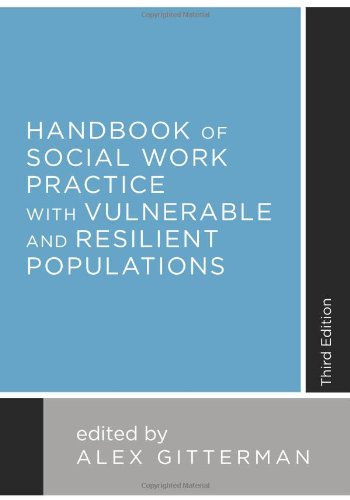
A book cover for Handbook of Social Work Practice with Vulnerable and Resilient Populations; Politics & Social Sciences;